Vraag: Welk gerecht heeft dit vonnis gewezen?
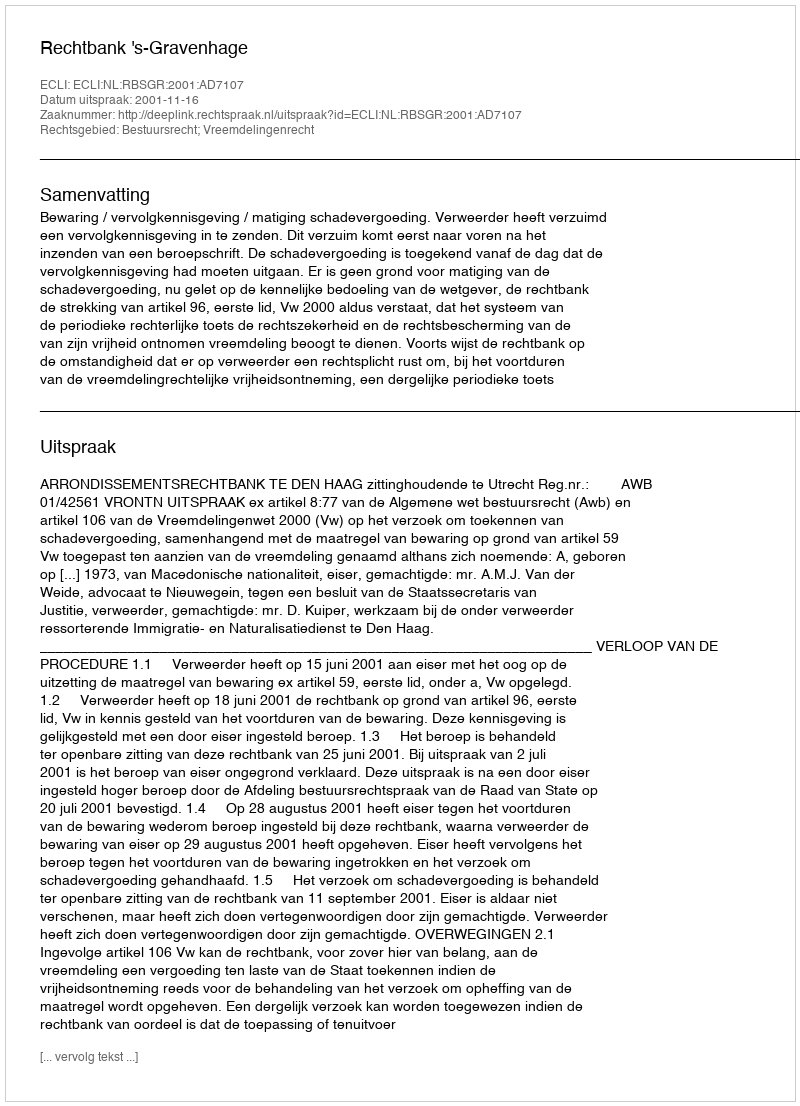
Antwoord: Rechtbank 's-Gravenhage